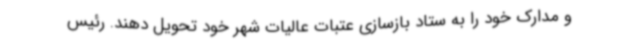
و مدارک خود را به ستاد بازسازی عتبات عالیات شهر خود تحویل دهند. رئیس